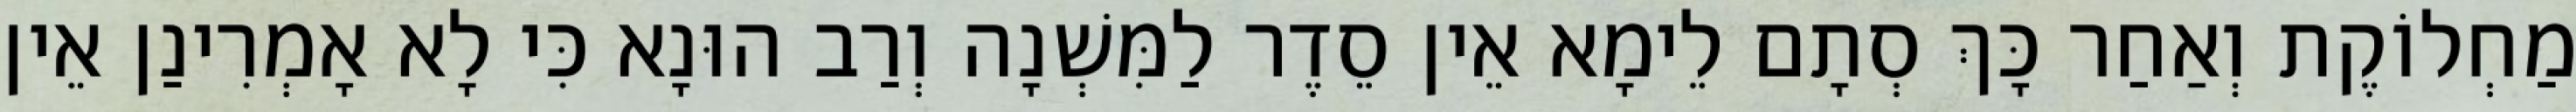
מַחְלוֹקֶת וְאַחַר כָּךְ סְתָם לֵימָא אֵין סֵדֶר לַמִּשְׁנָה וְרַב הוּנָא כִּי לָא אָמְרִינַן אֵין